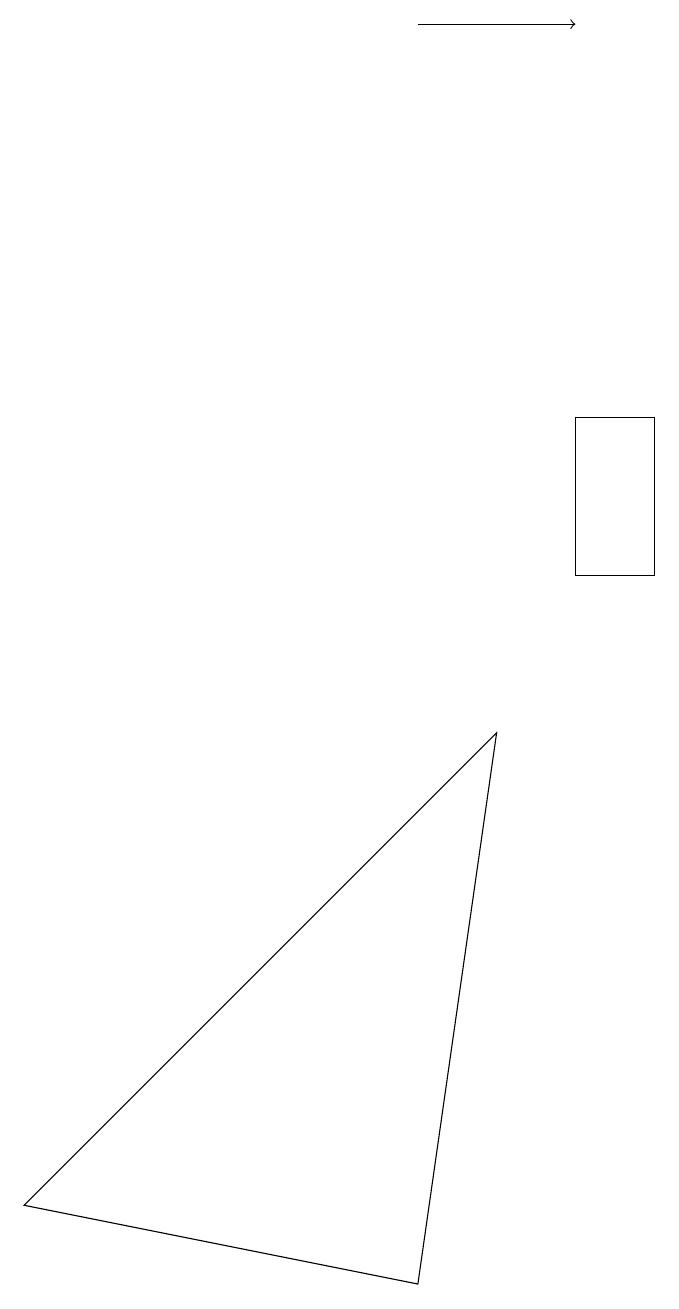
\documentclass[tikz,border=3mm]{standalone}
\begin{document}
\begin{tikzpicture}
\draw (7,11) rectangle (8,13);
\draw[->] (5,18) -- (7,18);
\draw (6,9) -- (5,2) -- (0,3) -- cycle;
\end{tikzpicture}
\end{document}